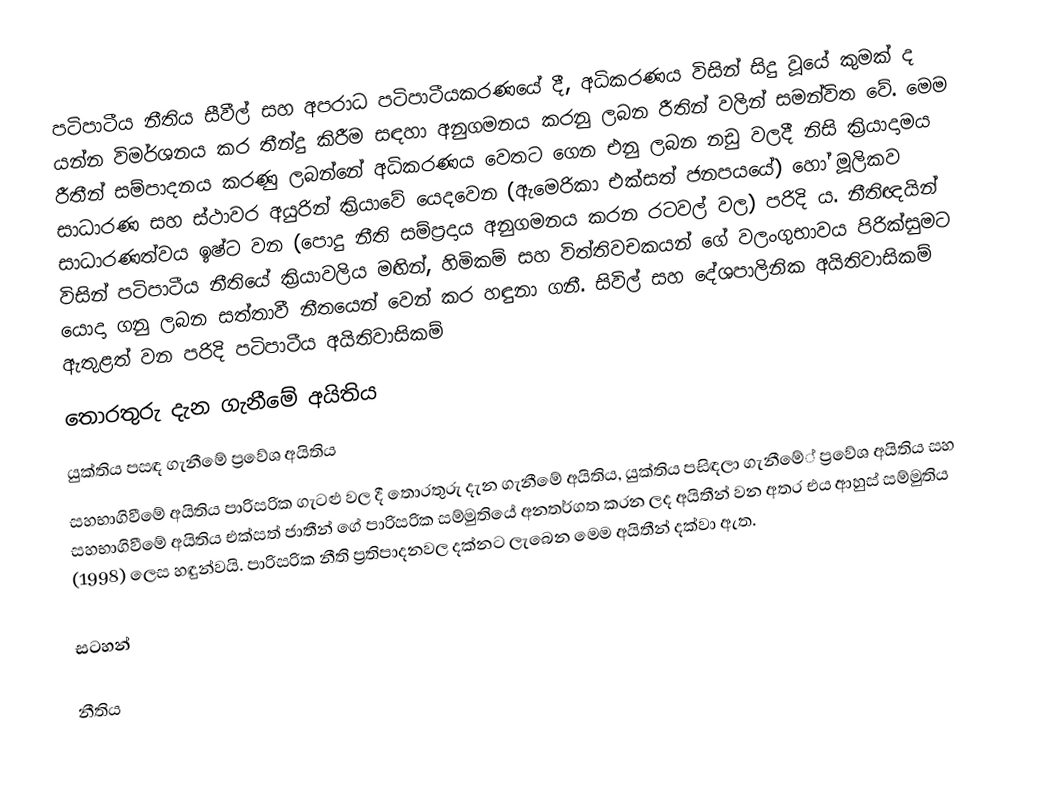
පටිපාටීය නීතිය සීවීල් සහ අපරාධ පටිපාටීයකරණයේ දී, අධිකරණය විසින් සිදු වූයේ කුමක් ද යන්න විමර්ශනය කර තීන්දු කිරීම සඳහා අනුගමනය කරනු ලබන රීතින් වලින් සමන්විත වේ. මෙම රීතීන් සම්පාදනය කරණු ලබන්නේ අධිකරණය වෙතට ගෙන එනු ලබන නඩු වලදී නිසි ක්‍රියාදාමය සාධාරණ සහ ස්ථාවර අයුරින් ක්‍රියාවේ යෙදවෙන (ඇමෙරිකා එක්සත් ජනපයයේ) හෝ මූලිකව සාධාරණත්වය ඉෂ්ට වන (පොදු නීති සම්ප්‍රදාය අනුගමනය කරන රටවල් වල) පරිදි ය. නීතිඥයින් විසින් පටිපාටීය නීතියේ ක්‍රියාවලිය මඟින්, හිමිකම් සහ විත්තිවචකයන් ගේ වලංගුභාවය පිරික්සුමට යොදා ගනු ලබන සත්තාවී නීතයෙන් වෙන් කර හඳුනා ගනී. සිවිල් සහ දේශපාලිනික අයිතිවාසිකම් ඇතුළත් වන පරිදි පටිපාටීය අයිතිවාසිකම්
 තොරතුරු දැන ගැනීමේ අයිතිය
 යුක්තිය පසඳ ගැනීමේ ප්‍රවේශ අයිතිය
 සහභාගිවීමේ අයිතිය පාරිසරික ගැටළු වල දී තොරතුරු දැන ගැනීමේ අයිතිය, යුක්තිය පසිඳලා ගැනීමේ් ප්‍රවේශ අයිතිය සහ සහභාගිවීමේ අයිතිය එක්සත් ජාතීන් ගේ පාරිසරික සම්මුතියේ අනතර්ගත කරන ලද අයිතීන් වන අතර එය ආහුස් සම්මුතිය (1998) ලෙස හඳුන්වයි. පාරිසරික නීති ප්‍රතිපාදනවල දක්නට ලැබෙන මෙම අයිතීන් දක්වා ඇත.

සටහන්

නීතිය